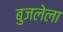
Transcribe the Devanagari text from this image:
बुजलेला